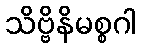
သိဗ္ဗိနိမစ္စဂါ